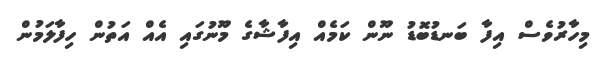
މިހާރުވެސް އިފާ ބަނޑުބޮޑު ނޫން ކަމެއް އިފާޝާގެ މޫނުގައި އެއް އަތުން ހިފާލަމުން